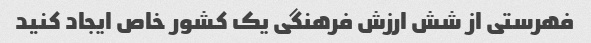
فهرستی از شش ارزش فرهنگی یک کشور خاص ایجاد کنید